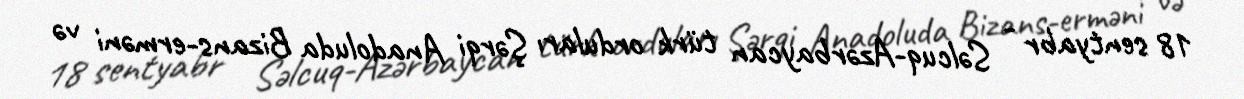
18 sentyabr - Səlcuq-Azərbaycan türk orduları Şərqi Anadoluda Bizans-erməni və